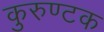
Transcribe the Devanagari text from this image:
कुरुण्टक